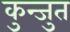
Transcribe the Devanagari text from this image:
कुन्जुत